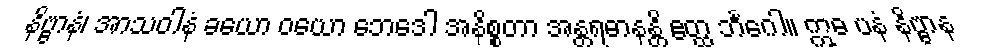
နိဗ္ဗာနံ၊ အာသဝါနံ ခယော ဝယော ဘေဒေါ အနိစ္စတာ အန္တရဓာနန္တိ ဧတ္ထ ဘင်္ဂေါ။ ဣဓ ပနံ နိဗ္ဗာန